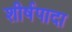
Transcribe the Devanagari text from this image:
शीर्षपादा